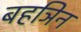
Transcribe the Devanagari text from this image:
बहञिन